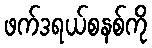
ဖက်ဒရယ်စနစ်ကို